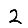
Digit: 2